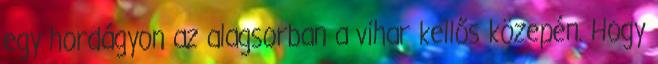
egy hordágyon az alagsorban a vihar kellős közepén. Hogy